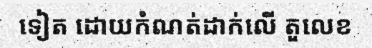
ទៀត ដោយកំណត់ដាក់លើ តួលេខ